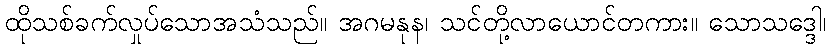
ထိုသစ်ခက်လှုပ်သောအသံသည်။ အဂမနုန၊ သင်တို့လာယောင်တကား။ သောသဒ္ဒေါ၊